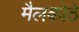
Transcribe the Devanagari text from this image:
मैलकोठे